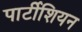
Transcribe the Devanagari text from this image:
पार्टीशियन